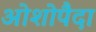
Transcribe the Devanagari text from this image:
ओशोपैदा